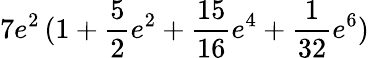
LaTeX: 7e^{2}\, (1+\frac 52e^{2}+\frac{15}{16}e^{4}+\frac{1}{32}e^{6})